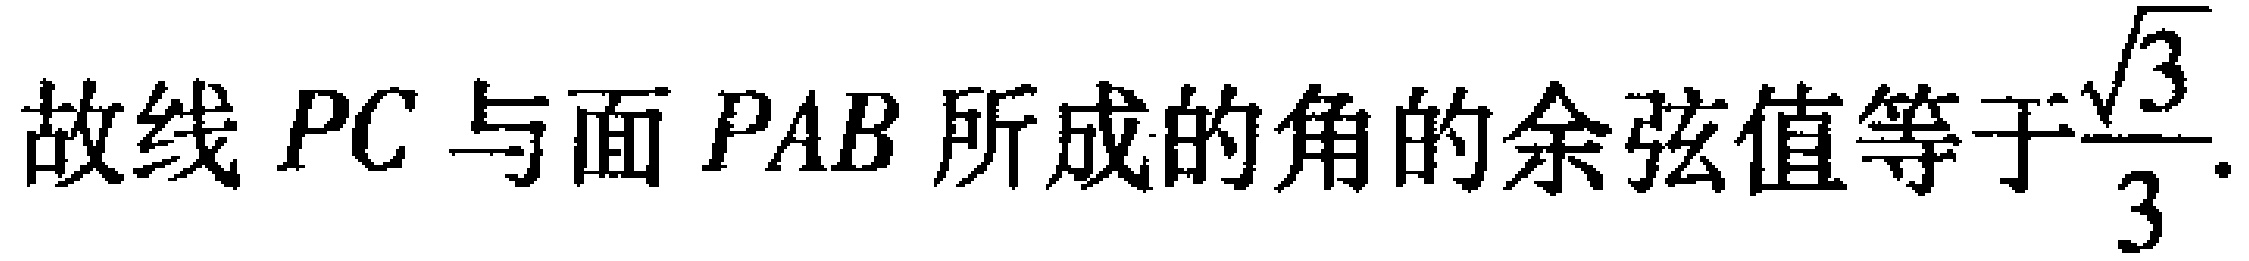
故线 \(PC\) 与面 \(PAB\) 所成的角的余弦值等于\(\frac{\sqrt{3}}{3}\).